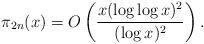
\begin{align*} \pi_{2n}(x) = O \left( \frac{x (\log \log x)^2}{(\log x)^2} \right). \end{align*}